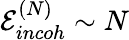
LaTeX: \mathcal{E}_{incoh}^{(N)}\sim N